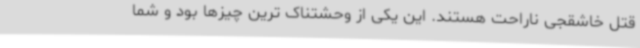
قتل خاشقجی ناراحت هستند. این یکی از وحشتناک ترین چیزها بود و شما